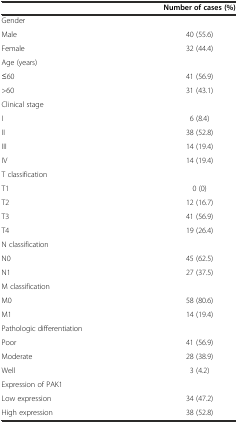
<table><thead><tr><td></td><td><b>Number of cases (%)</b></td></tr></thead><tbody><tr><td>Gender</td><td></td></tr><tr><td>Male</td><td>40 (55.6)</td></tr><tr><td>Female</td><td>32 (44.4)</td></tr><tr><td>Age (years)</td><td></td></tr><tr><td>≤60</td><td>41 (56.9)</td></tr><tr><td>&gt;60</td><td>31 (43.1)</td></tr><tr><td>Clinical stage</td><td></td></tr><tr><td>I</td><td>6 (8.4)</td></tr><tr><td>II</td><td>38 (52.8)</td></tr><tr><td>III</td><td>14 (19.4)</td></tr><tr><td>IV</td><td>14 (19.4)</td></tr><tr><td>T classification</td><td></td></tr><tr><td>T1</td><td>0 (0)</td></tr><tr><td>T2</td><td>12 (16.7)</td></tr><tr><td>T3</td><td>41 (56.9)</td></tr><tr><td>T4</td><td>19 (26.4)</td></tr><tr><td>N classification</td><td></td></tr><tr><td>N0</td><td>45 (62.5)</td></tr><tr><td>N1</td><td>27 (37.5)</td></tr><tr><td>M classification</td><td></td></tr><tr><td>M0</td><td>58 (80.6)</td></tr><tr><td>M1</td><td>14 (19.4)</td></tr><tr><td>Pathologic differentiation</td><td></td></tr><tr><td>Poor</td><td>41 (56.9)</td></tr><tr><td>Moderate</td><td>28 (38.9)</td></tr><tr><td>Well</td><td>3 (4.2)</td></tr><tr><td>Expression of PAK1</td><td></td></tr><tr><td>Low expression</td><td>34 (47.2)</td></tr><tr><td>High expression</td><td>38 (52.8)</td></tr></tbody></table>